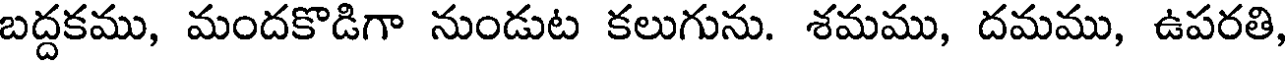
బద్దకము, మందకొడిగా నుండుట కలుగును. శమము, దమము, ఉపరతి,